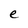
Character: e